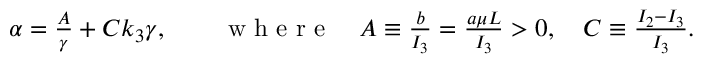
\begin{array} { r } { \alpha = \frac { A } { \gamma } + C k _ { 3 } \gamma , \qquad \mathrm { ~ w ~ h ~ e ~ r ~ e ~ } \quad A \equiv \frac { b } { I _ { 3 } } = \frac { a \mu L } { I _ { 3 } } > 0 , \quad C \equiv \frac { I _ { 2 } - I _ { 3 } } { I _ { 3 } } . } \end{array}